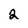
Character: 2